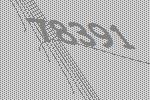
78391